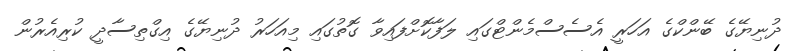
ދުނިޔޭގެ ބޭންކްގެ އަހަރީ އެސެސްމެންޓްގައި ލަފާކޮށްފައިވާ ގޮތުގައި މިއަހަރު ދުނިޔޭގެ އިގްތިސާދީ ކުރިއެރުން